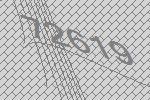
72619